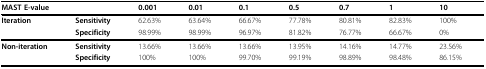
| <COLSPAN=2> MAST E-value | 0.001 | 0.01 | 0.1 | 0.5 | 0.7 | 1 | 10 |
 | --- | --- | --- | --- | --- | --- | --- | --- | --- |
 | Iteration | Sensitivity | 62.63% | 63.64% | 66.67% | 77.78% | 80.81% | 82.83% | 100% |
 |  | Specificity | 98.99% | 98.99% | 96.97% | 81.82% | 76.77% | 66.67% | 0% |
 | Non-iteration | Sensitivity | 13.66% | 13.66% | 13.66% | 13.95% | 14.16% | 14.77% | 23.56% |
 |  | Specificity | 100% | 100% | 99.70% | 99.19% | 98.89% | 98.48% | 86.15% |